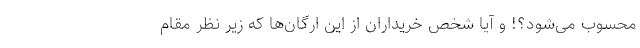
محسوب می‌شود؟! و آیا شخص خریداران از این ارگان‌ها که زیر نظر مقام